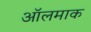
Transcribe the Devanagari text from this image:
ऑलमाक